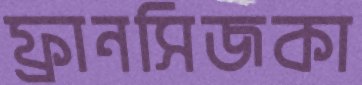
ফ্রানসিজকা